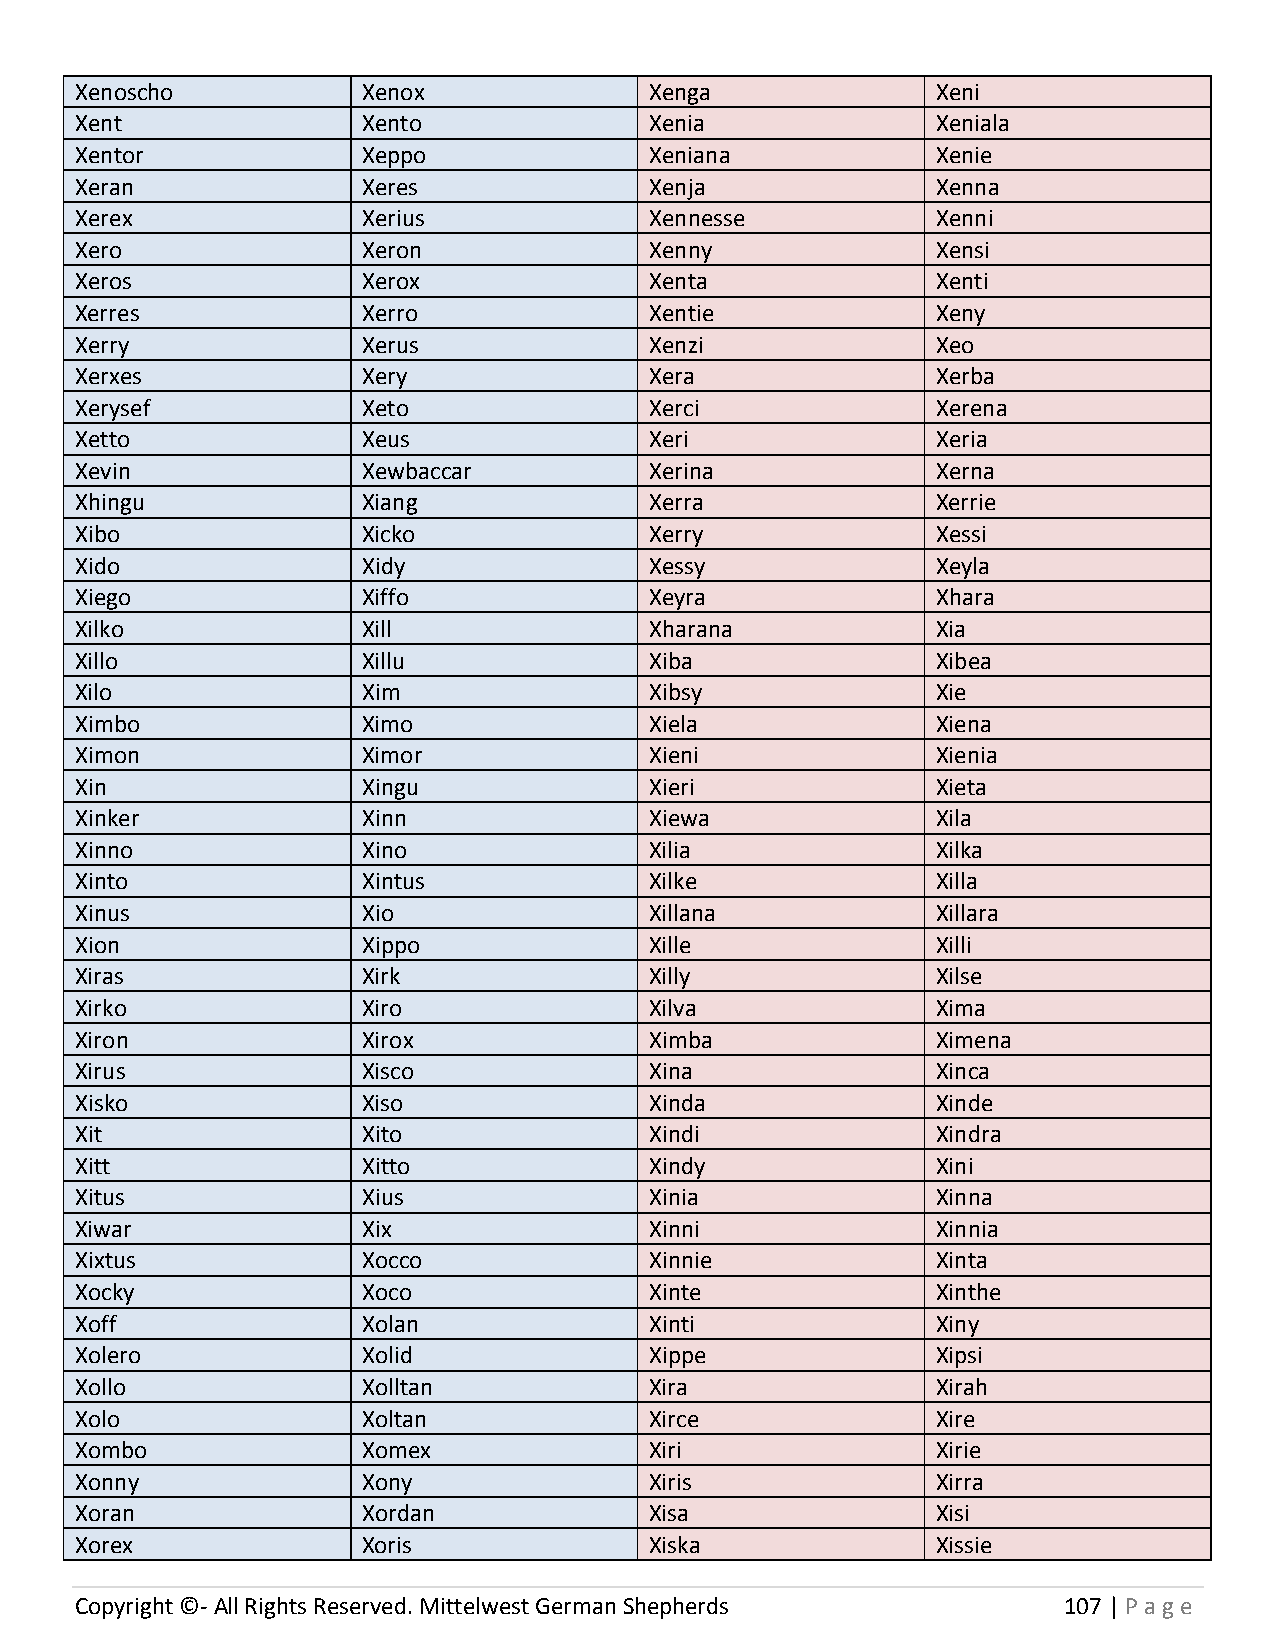
Xenoscho           Xenox              Xenga              Xeni
 Xent               Xento              Xenia              Xeniala
 Xentor             Xeppo              Xeniana            Xenie
 Xeran              Xeres              Xenja              Xenna
 Xerex              Xerius             Xennesse           Xenni
 Xero               Xeron              Xenny              Xensi
 Xeros              Xerox              Xenta              Xenti
 Xerres             Xerro              Xentie             Xeny
 Xerry              Xerus              Xenzi              Xeo
 Xerxes             Xery               Xera               Xerba
 Xerysef            Xeto               Xerci              Xerena
 Xetto              Xeus               Xeri               Xeria
 Xevin              Xewbaccar          Xerina             Xerna
 Xhingu             Xiang              Xerra              Xerrie
 Xibo               Xicko              Xerry              Xessi
 Xido               Xidy               Xessy              Xeyla
 Xiego              Xiffo              Xeyra              Xhara
 Xilko              Xill               Xharana            Xia
 Xillo              Xillu              Xiba               Xibea
 Xilo               Xim                Xibsy              Xie
 Ximbo              Ximo               Xiela              Xiena
 Ximon              Ximor              Xieni              Xienia
 Xin                Xingu              Xieri              Xieta
 Xinker             Xinn               Xiewa              Xila
 Xinno              Xino               Xilia              Xilka
 Xinto              Xintus             Xilke              Xilla
 Xinus              Xio                Xillana            Xillara
 Xion               Xippo              Xille              Xilli
 Xiras              Xirk               Xilly              Xilse
 Xirko              Xiro               Xilva              Xima
 Xiron              Xirox              Ximba              Ximena
 Xirus              Xisco              Xina               Xinca
 Xisko              Xiso               Xinda              Xinde
 Xit                Xito               Xindi              Xindra
 Xitt               Xitto              Xindy              Xini
 Xitus              Xius               Xinia              Xinna
 Xiwar              Xix                Xinni              Xinnia
 Xixtus             Xocco              Xinnie             Xinta
 Xocky              Xoco               Xinte              Xinthe
 Xoff               Xolan              Xinti              Xiny
 Xolero             Xolid              Xippe              Xipsi
 Xollo              Xolltan            Xira               Xirah
 Xolo               Xoltan             Xirce              Xire
 Xombo              Xomex              Xiri               Xirie
 Xonny              Xony               Xiris              Xirra
 Xoran              Xordan             Xisa               Xisi
 Xorex              Xoris              Xiska              Xissie
 Copyright ©- All Rights Reserved. Mittelwest German Shepherds    107 | P age